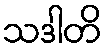
သဒါတိ